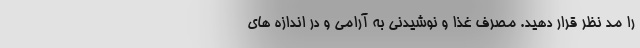
را مد نظر قرار دهید. مصرف غذا و نوشیدنی به آرامی و در اندازه های